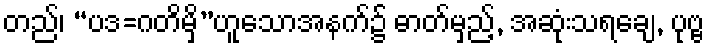
တည်၊ “ပဒ=ဂတိမှိ”ဟူသောအနက်၌ ဓာတ်မှည့်, အဆုံးသရချေ, ပုဗ္ဗ